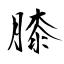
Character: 膝